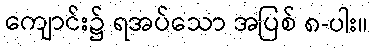
ကျောင်း၌ ရအပ်သော အပြစ် ၈-ပါး။